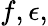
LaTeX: f,\epsilon,